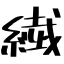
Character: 繊